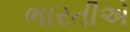
ભારતીએ